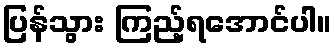
ပြန်သွား ကြည့်ရအောင်ပါ။